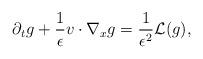
LaTeX: \begin{align*}\partial_t g +\frac{1}{\epsilon}v\cdot\nabla_x g= \frac{1}{\epsilon^2}\mathcal L(g), \end{align*}